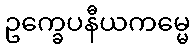
ဥက္ခေပနီယကမ္မေ